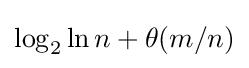
\log _{2}\ln n+\theta (m/n)